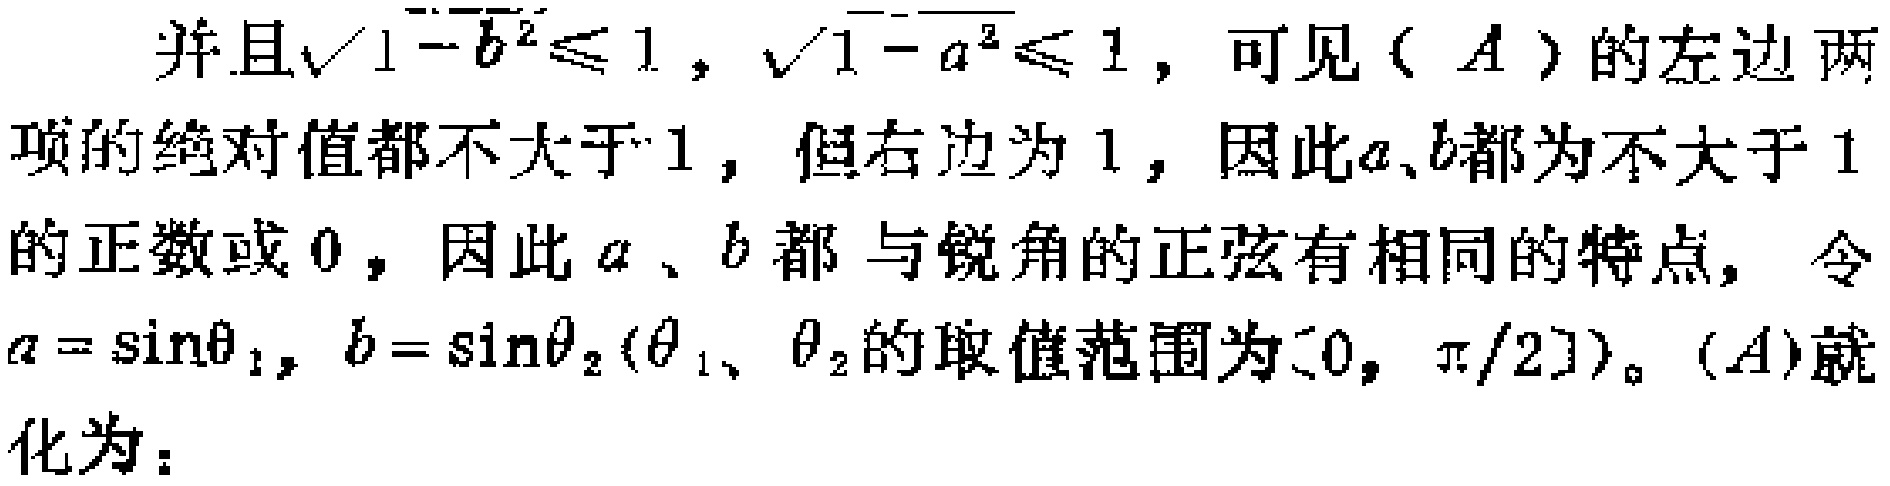
并且\(\sqrt{1 - b^{2}}\leq 1\)，\(\sqrt{1 - a^{2}}\leq 1\)，可见\((A)\)的左边两项的绝对值都不大于\(1\)，但右边为\(1\)，因此\(a、b\)都为不大于\(1\)的正数或\(0\)，因此\(a\)、\(b\)都与锐角的正弦有相同的特点，令\(a = \sin\theta_{1}\)，\(b = \sin\theta_{2}(\theta_{1}、\theta_{2}\)的取值范围为\([0, \pi/2])\)。\((A)\)就化为：